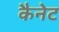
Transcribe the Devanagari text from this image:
कैनेट